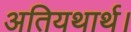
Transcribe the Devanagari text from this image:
अतियथार्थ।